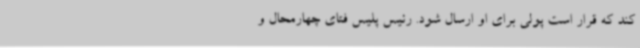
کند که قرار است پولی برای او ارسال شود. رئیس پلیس فتای چهارمحال و